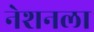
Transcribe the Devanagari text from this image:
नेशनला